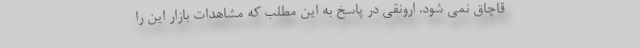
قاچاق نمی شود. ارونقی در پاسخ به این مطلب که مشاهدات بازار این را